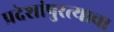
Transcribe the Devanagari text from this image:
प्रदेशांपुरत्याचा